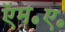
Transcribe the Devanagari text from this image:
ऍम॰ए॰